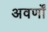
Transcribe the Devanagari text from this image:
अवर्णों